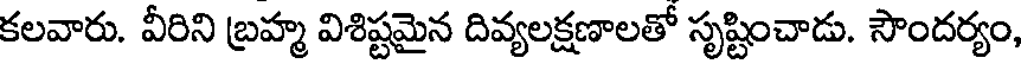
కలవారు. వీరిని బ్రహ్మ విశిష్టమైన దివ్యలక్షణాలతో సృష్టించాడు. సౌందర్యం,